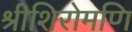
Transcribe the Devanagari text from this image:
श्रीशिरोमणि